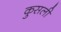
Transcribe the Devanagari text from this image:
कुसली